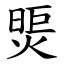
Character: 煚